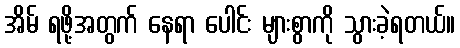
အိမ် ရဖို့အတွက် နေရာ ပေါင်း များစွာကို သွားခဲ့ရတယ်။